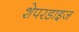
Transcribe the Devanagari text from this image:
शेपरडाइज